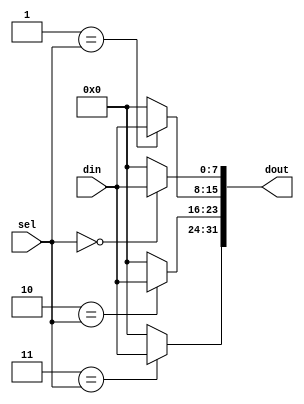
`timescale 1ns / 1ps
//////////////////////////////////////////////////////////////////////////////////
// Company: 
// 
// Design Name: 
// Module Name: demultiplexer
// Project Name: demultiplexer
// Target Devices:
// Tool Versions:
// Description: 
// Dependencies: 
// Revision:
// Revision 0.01 - File Created
// Additional Comments:
// License: MIT
//  Copyright (c) 2020 Dmitry Matyunin
//  Permission is hereby granted, free of charge, to any person obtaining a copy
//  of this software and associated documentation files (the "Software"), to deal
//  in the Software without restriction, including without limitation the rights
//  to use, copy, modify, merge, publish, distribute, sublicense, and/or sell
//  copies of the Software, and to permit persons to whom the Software is
//  furnished to do so, subject to the following conditions:
//
//  The above copyright notice and this permission notice shall be included in
//  all copies or substantial portions of the Software.
//
//  THE SOFTWARE IS PROVIDED "AS IS", WITHOUT WARRANTY OF ANY KIND, EXPRESS OR
//  IMPLIED, INCLUDING BUT NOT LIMITED TO THE WARRANTIES OF MERCHANTABILITY
//  FITNESS FOR A PARTICULAR PURPOSE AND NONINFRINGEMENT. IN NO EVENT SHALL THE
//  AUTHORS OR COPYRIGHT HOLDERS BE LIABLE FOR ANY CLAIM, DAMAGES OR OTHER
//  LIABILITY, WHETHER IN AN ACTION OF CONTRACT, TORT OR OTHERWISE, ARISING FROM,
//  OUT OF OR IN CONNECTION WITH THE SOFTWARE OR THE USE OR OTHER DEALINGS IN
//  THE SOFTWARE.
// 
//////////////////////////////////////////////////////////////////////////////////

module demultiplexer #(
	parameter DATA_WIDTH = 8,
	parameter CHAN_NUM = 4,
	parameter SEL_WIDTH = $clog2(CHAN_NUM)
)
(
	input wire [DATA_WIDTH-1:0]din,
	input wire [SEL_WIDTH-1:0]sel,
	output wire [DATA_WIDTH*CHAN_NUM-1:0]dout
);

reg [DATA_WIDTH*CHAN_NUM-1:0]demux_data;
integer i;

assign dout = demux_data;

always @(*) begin
	for (i = 0; i < CHAN_NUM; i = i + 1) begin
		if (i == sel) begin
			demux_data[DATA_WIDTH*(i+1)-1-:DATA_WIDTH] = din;
		end else begin
			demux_data[DATA_WIDTH*(i+1)-1-:DATA_WIDTH] <= 0;
		end
	end
end

endmodule